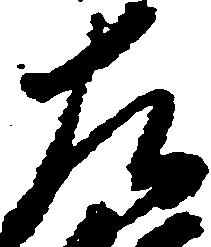
左